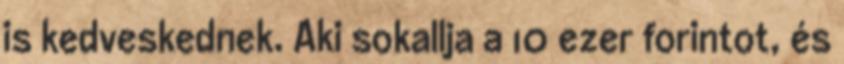
is kedveskednek. Aki sokallja a 10 ezer forintot, és